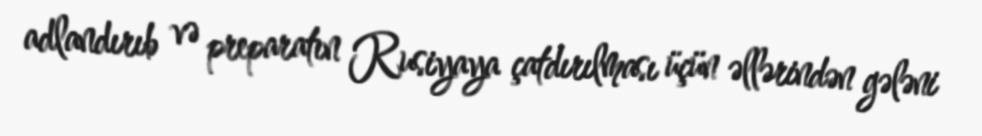
adlandırıb və preparatın Rusiyaya çatdırılması üçün əllərindən gələni